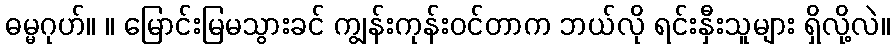
ဓမ္မဂုဟ်။ ။ မြောင်းမြမသွားခင် ကျွန်းကုန်းဝင်တာက ဘယ်လို ရင်းနှီးသူများ ရှိလို့လဲ။